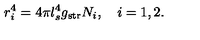
r _ { i } ^ { 4 } = 4 \pi l _ { s } ^ { 4 } g _ { \mathrm { s t r } } N _ { i } , \quad i = 1 , 2 .